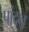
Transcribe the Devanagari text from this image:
पांदन